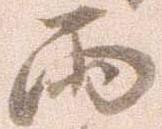
両